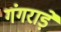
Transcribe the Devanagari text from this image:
गंगराड़े